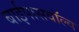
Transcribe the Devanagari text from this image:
बाईपासवॉल्व